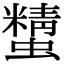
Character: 𧓔